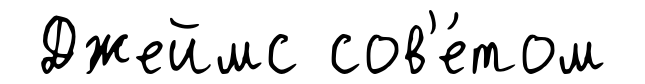
Джеймс сов'е́том